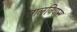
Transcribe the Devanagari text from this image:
लालनिवास